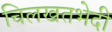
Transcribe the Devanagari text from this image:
चिलखतभेदी